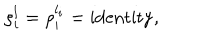
\rho _ { i } ^ { l } = \rho _ { i } ^ { l _ { i } } = \mathrm { i d e n t i t y } ,